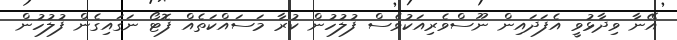
އޭނާ ވިދާޅުވީ އެފަދައިިން ނޫސްވެރިއަކުވެސް ފުލުހުން ކުރާ މަސައްކަތެއް ފޮޓޯ ނަގައިގެން ފުލުހުން